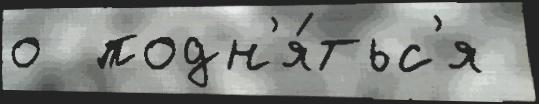
о  подн'я́тьс'я